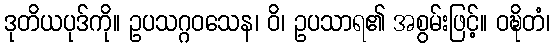
ဒုတိယပုဒ်ကို။ ဥပသဂ္ဂဝသေန၊ ဝိ၊ ဥပသာရ၏ အစွမ်းဖြင့်။ ဝဍ္ဎိတံ၊